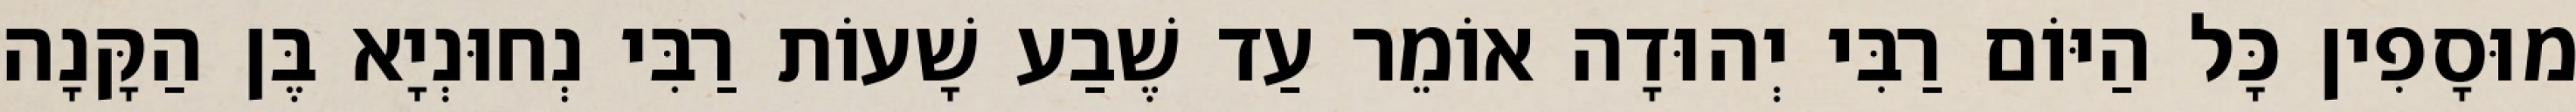
מוּסָפִין כָּל הַיּוֹם רַבִּי יְהוּדָה אוֹמֵר עַד שֶׁבַע שָׁעוֹת רַבִּי נְחוּנְיָא בֶּן הַקָּנָה